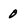
Character: 0